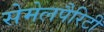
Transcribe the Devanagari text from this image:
सेमेलपैरिटी